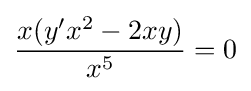
{\frac {x(y'x^{2}-2xy)}{x^{5}}}=0